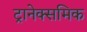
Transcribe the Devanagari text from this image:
ट्रानेक्समिक